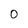
Character: 0